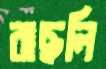
বাছলি